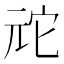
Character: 𫤙